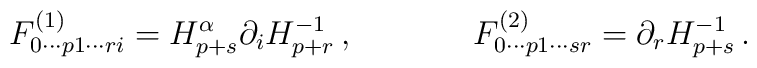
F^{(1)}_{0\cdots p1\cdots ri} = H_{p+s}^{\alpha}\partial_i H_{p+r}^{-1}\, ,\hskip 1.5truecmF^{(2)}_{0\cdots p1\cdots sr} = \partial_r H_{p+s}^{-1}\, .